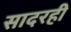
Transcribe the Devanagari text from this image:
सादरही